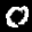
Label: 0